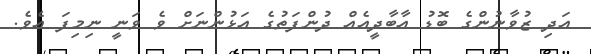
އަދި ޒުވާނުންގެ ބޮޑު އާބާދީއެއް ދުންފަތުގެ އަޅުންނަށް ވެ ވަނީ ނިމިފަ އެވެ.